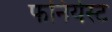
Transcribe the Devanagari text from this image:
फनियेस्ट